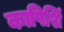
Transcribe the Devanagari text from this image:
कापिशिं